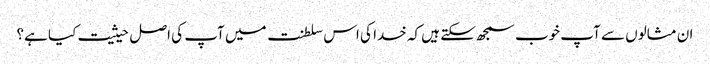
ان مثالوں سے آپ خوب سمجھ سکتے ہیں کہ خدا کی اس سلطنت میں آپ کی اصل حیثیت کیا ہے؟